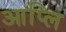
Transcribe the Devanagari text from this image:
आप्लि